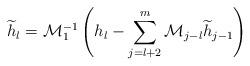
LaTeX: \begin{align*}\widetilde{h}_{l}=\mathcal{M}_{1}^{-1}\left(h_{l}-\sum_{j=l+2}^{m}\mathcal{M}_{j-l}\widetilde{h}_{j-1}\right)\end{align*}